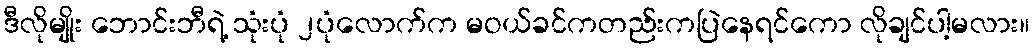
ဒီလိုမျိုး ဘောင်းဘီရဲ့ သုံးပုံ ၂ပုံလောက်က မဝယ်ခင်ကတည်းကပြဲနေရင်ကော လိုချင်ပါ့မလား။